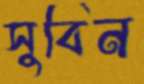
সুবিন